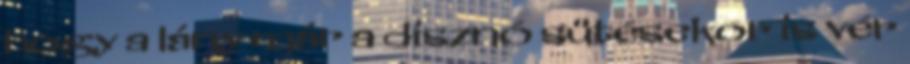
hogy a lány már a disznó sütésekor is vér